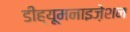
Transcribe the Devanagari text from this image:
डीह्यूमनाइज़ेशन